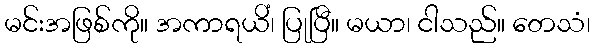
မင်းအဖြစ်ကို။ အကာရယိံ၊ ပြုပြီ။ မယာ၊ ငါသည်။ တေသံ၊